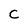
Character: c